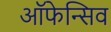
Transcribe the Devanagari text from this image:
ऑफेन्सिव